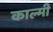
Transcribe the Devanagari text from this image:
काल्मी